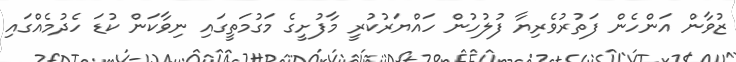
ޒުވާން އަންހެން ފަތުރުވެރިޔާ ފުލުހުން ހައްޔަރުކުރީ މާފުށީގެ މަގުމަތީގައި ނިވާކަން ކުޑަ ހެދުމެއްގައި